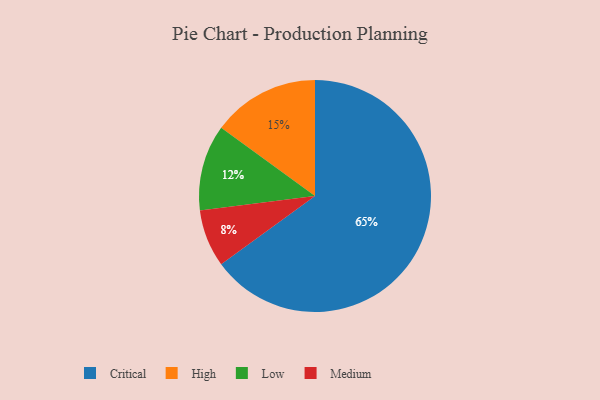
{"axis": {"x": "Category", "y": "Percentage"}, "legend": ["Critical", "High", "Low", "Medium"], "data": [{"x": "Critical", "y": 65, "type": "Critical"}, {"x": "Low", "y": 12, "type": "Low"}, {"x": "High", "y": 15, "type": "High"}, {"x": "Medium", "y": 8, "type": "Medium"}]}